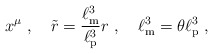
\begin{align*}x^{\mu}\ ,\quad \tilde{r}=\frac{\ell_{\rm m}^{3}}{\ell_{\rm p}^{3}}r\ ,\quad \ell_{\rm m}^{3}=\theta\ell_{\rm p}^{3}\ ,\end{align*}